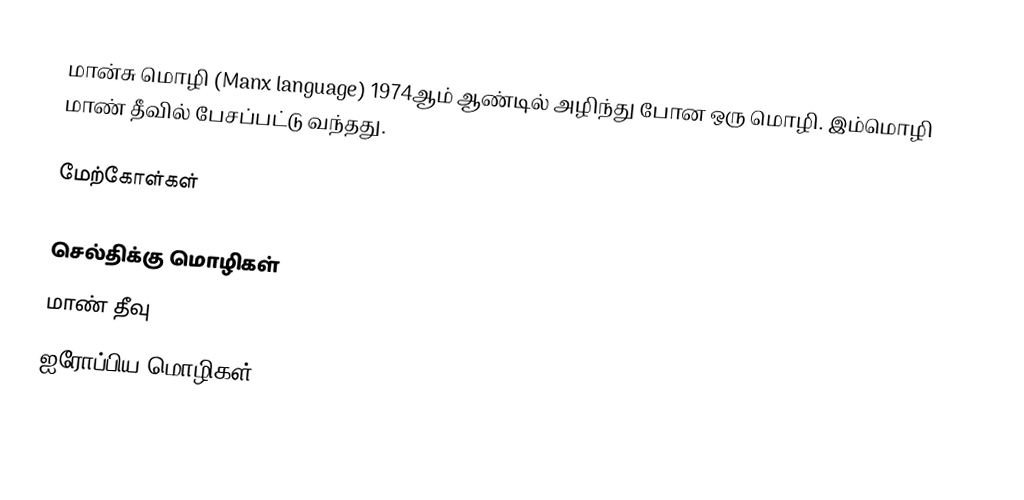
மான்சு மொழி (Manx language) 1974ஆம் ஆண்டில் அழிந்து போன ஒரு மொழி. இம்மொழி மாண் தீவில் பேசப்பட்டு வந்தது.

மேற்கோள்கள்

செல்திக்கு மொழிகள்
மாண் தீவு
ஐரோப்பிய மொழிகள்